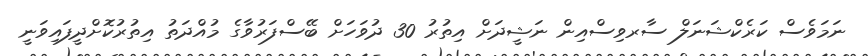
ނަމަވެސް ކަރެކްޝަނަލް ސާރވިސްއިން ނަޝީދަށް އިތުރު 30 ދުވަހަށް ބޭސްފަރުވާގެ މުއްދަތު އިތުރުކޮށްދީފައިވަނީ